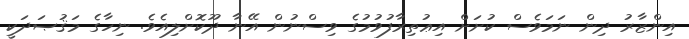
އިންޒާރު ދިން ނަމަވެސް ކުށަށް އިޢުތިރާފުވުމުގެ ވިސްނުން އޭނާ ދޫކޮށްލިއެވެ. ނިހާގެ މަޤުޞަދަކީ